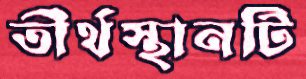
তীর্থস্থানটি